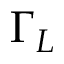
\Gamma _ { L }